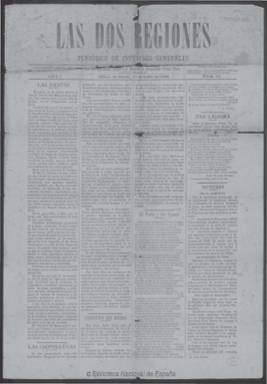
Título: Las Dos regiones
Colección: Revistas de información general
Ámbito geográfico: Lugo
Lugar de publicación: Ribera de Piquín, Lugo
Fechas: 27/06/1908-17/07/1909

Con el subtítulo “periódico de intereses generales” debió empezar a publicarse en 1907, en la localidad lucense de Ribera de Piquín, perteneciente a la comarca de Meira, siendo su fundador y director el maestro y doctor en Pedagogía por la Universidad de La Habana Gumersindo Gómez Otero (1864-1929). Los tres únicos ejemplares que se conocen de este título hasta el momento fueron donados en 2012 a la Biblioteca Nacional de España. Impresos en papel prensa, cada entrega es de cuatro páginas, compuestas a cuatro columnas. A partir de su número 13, en julio de 1908, se hizo semanal, saliendo cada sábado.

Ofrece noticias locales, nacionales y extranjeras y artículos de variada temática (agricultura, ganadería, comercio, industria, fiestas, cultura, tribunales o sucesos) y textos de creación literaria, como son algunos poemas. Se estructura en secciones: Oficial, Religiosa, Correspondencia (cartas de los lectores), Corresponsales y Últimas noticias. Publica también necrológicas y un folletín, y la última plana la dedica a insertar anuncios comerciales. Entre las firmas de sus textos aparecen las de José Manuel Rivero, Constantino Fraguas, Ángel Guerra y J.A. López, probablemente profesionales que ejercían en la comarca.

El periódico debe su nombre a la red de corresponsales, colaboradores y suscriptores con que contaba en las orillas gallega y asturiana a ambos lados del río Eo y servía de enlace entre sus habitantes y los emigrantes en Cuba donde también se vendía. No estampa el pie de imprenta, pero en su última plana hay una inserción publicitaria de la Imprenta del Sucesor de A. Villarmarín, establecida en el número 2 de la calle de Armañá, de Lugo. Debió cesar en su publicación en 1909.